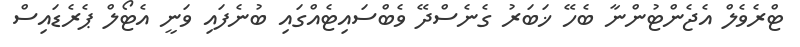
ޓްރެވެލް އެޖެންޓުންނާ ބެހޭ ޚަބަރު ގެނެސްދޭ ވެބްސައިޓެއްގައި ބުނެފައި ވަނީ އެޓޯލް ޕެރެޑައިސް